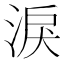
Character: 淚